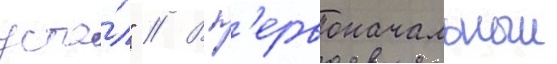
уста́л" // В п'ервоначальныи